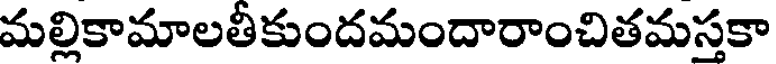
మల్లికామాలతీకుందమందారాంచితమస్తకా